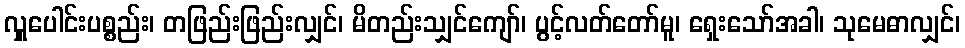
လှူပေါင်းပစ္စည်း၊ တဖြည်းဖြည်းလျှင်၊ မိတည်းသျှင်ကျော်၊ ပွင့်လတ်တော်မူ၊ ရှေးသော်အခါ၊ သုမေဓာလျှင်၊